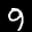
Label: 9